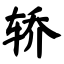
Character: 轿